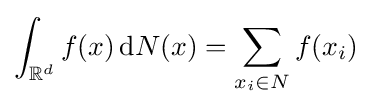
\int _{\mathbb {R} ^{d}}f(x)\,\mathrm {d} N(x)=\sum \limits _{x_{i}\in N}f(x_{i})